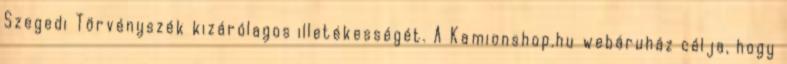
Szegedi Törvényszék kizárólagos illetékességét. A Kamionshop.hu webáruház célja, hogy